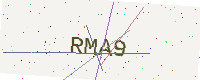
Text: RMA9